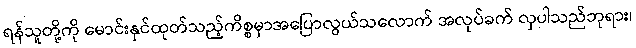
ရန်သူတို့ကို မောင်းနှင်ထုတ်သည့်ကိစ္စမှာအပြောလွယ်သလောက် အလုပ်ခက် လှပါသည်ဘုရား၊